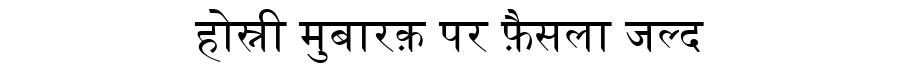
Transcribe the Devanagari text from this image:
होस्नी मुबारक़ पर फ़ैसला जल्द